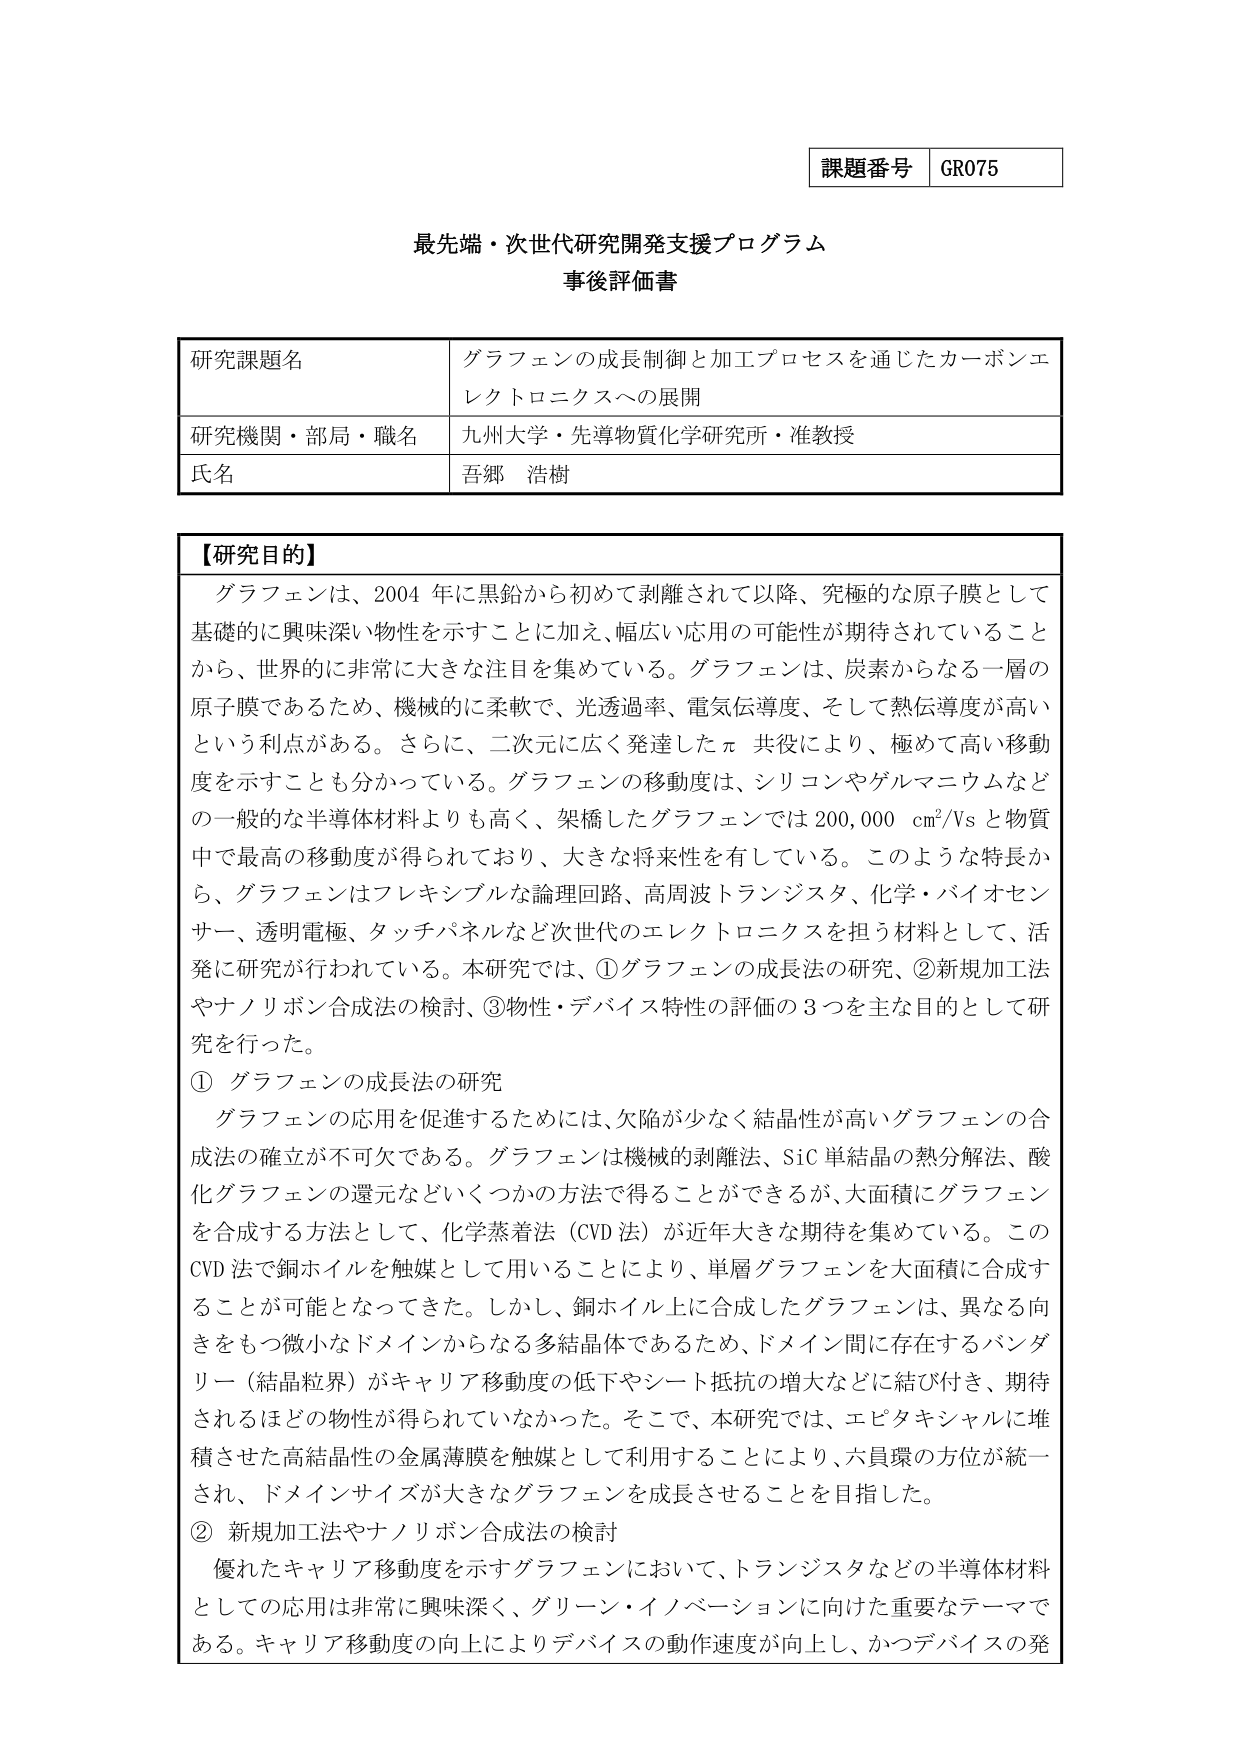
課題番号 GR075

最先端・次世代研究開発支援プログラム
事後評価書

研究課題名 グラフェンの成長制御と加工プロセスを通じたカーボンエレクトロニクスへの展開
研究機関・部局・職名 九州大学・先導物質化学研究所・准教授
氏名 吾郷 浩樹

【研究目的】
グラフェンは、2004年に黒鉛から初めて剥離されて以降、究極的な原子膜として基礎的に興味深い物性を示すことにある加え、幅広い応用の可能性が期待されていることから、世界的に非常に大きな注目を集めている。グラフェンは、炭素からなる一層の原子膜であるため、機械的に柔軟で、光透過率、電気伝導度、そして熱伝導度が高いという利点がある。さらに、二次元に広く発達したπ共役により、極めて高い移動度を示すことも分かっている。グラフェンの移動度は、シリコンやゲルマニウムなどの一般的な半導体材料よりも高く、架橋したグラフェンでは200,000 cm²/Vsと物質中で最高の移動度が得られており、大きな将来性を有している。このような特長から、グラフェンはフレキシブルな論理回路、高周波トランジスタ、化学・バイオセンサー、透明電極、タッチパネルなど次世代のエレクトロニクスを担う材料として、活発に研究が行われている。本研究では、①グラフェンの成長法の研究、②新規加工法やナノリボン合成法の検討、③物性・デバイス特性の評価の3つを主な目的として研究を行った。

① グラフェンの成長法の研究
グラフェンの応用を促進するためには、欠陥が少なく結晶性が高いグラフェンの合成法の確立が不可欠である。グラフェンは機械的剥離法、SiC単結晶の熱分解法、酸化グラフェンの還元などいくつかの方法で得ることができるが、大面積にグラフェンを合成する方法として、化学蒸着法（CVD法）が近年大きな期待を集めている。このCVD法で銅ホイルを触媒として用いることにより、単層グラフェンを大面積に合成することが可能となってきた。しかし、銅ホイル上に合成したグラフェンは、異なる向きをもつ微小なドメインからなる多結晶体であるため、ドメイン間で存在するバッダリー（結晶粒界）がキャリア移動度の低下やシート抵抗の増大などに結び付き、期待されるほどの物性が得られていなかった。そこで、本研究では、エピタキシャルに堆積させた高結晶性の金属薄膜を触媒として利用することにより、六員環の方位が統一され、ドメインサイズが大きなグラフェンを成長させることを目指した。

② 新規加工法やナノリボン合成法の検討
優れたキャリア移動度を示すグラフェンにおいて、トランジスタなどの半導体材料としての応用は非常に興味深く、グリーン・イノベーションに向けた重要なテーマである。キャリア移動度の向上によりデバイスの動作速度が向上し、かつデバイスの発